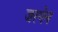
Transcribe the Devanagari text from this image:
जरगेन